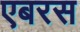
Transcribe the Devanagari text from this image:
एबरस